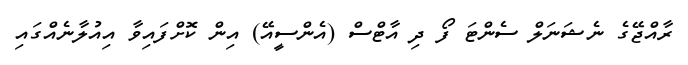
ރާއްޖޭގެ ނެޝަނަލް ސެންޓަ ފޯ ދި އާޓްސް (އެންސީއޭ) އިން ކޮށްފައިވާ އިއުލާނެއްގައި